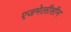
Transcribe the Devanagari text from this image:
एजमेलीसीन